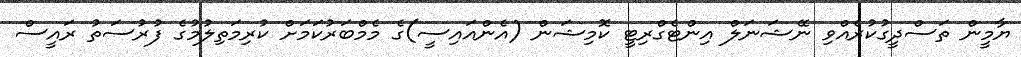
ޔާމީން ތަސްދީގުކުރެއްވި ނޭޝަނަލް އިންޓެގްރިޓީ ކޮމިޝަން (އެންއައިސީ)ގެ މެމްބަރުކަމަށް ކުރިމަތިލުމުގެ ފުރުސަތު ރައީސް